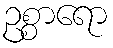
ဥစ္စာရော